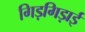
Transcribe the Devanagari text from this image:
गिड़गिड़ाई